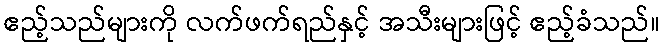
ဧည့်သည်များကို လက်ဖက်ရည်နှင့် အသီးများဖြင့် ဧည့်ခံသည်။